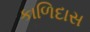
કાળિદાસ